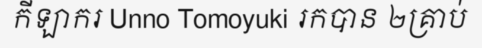
កីឡាករ Unno Tomoyuki រកបាន ២គ្រាប់